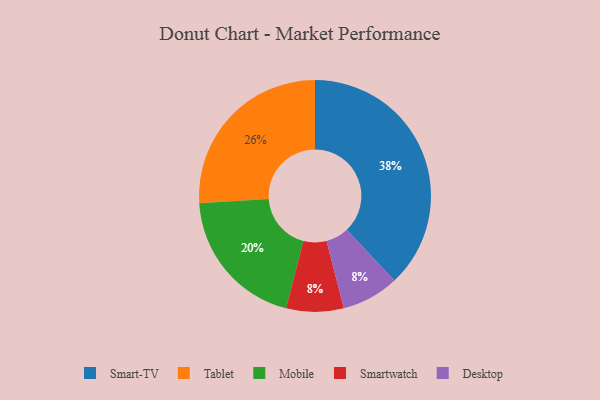
{"axis": {"x": "Category", "y": "Percentage"}, "legend": ["Desktop", "Mobile", "Smart-TV", "Smartwatch", "Tablet"], "data": [{"x": "Smartwatch", "y": 8, "type": "Smartwatch"}, {"x": "Tablet", "y": 26, "type": "Tablet"}, {"x": "Smart-TV", "y": 38, "type": "Smart-TV"}, {"x": "Mobile", "y": 20, "type": "Mobile"}, {"x": "Desktop", "y": 8, "type": "Desktop"}]}